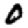
Digit: 0